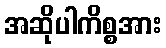
အဆိုပါကိစ္စအား